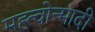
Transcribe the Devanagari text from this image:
मह्त्वोन्मादी